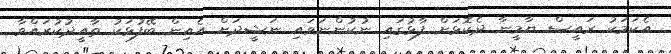
އެކަމަކު ރައީސް ޔާމީނާ ދެކޮޅަށް ފާޅުގައި ނުކުންނަވައި ނަޝީދަށް އެއިން ބޭފުޅަކު ތާއީދުކުރައްވާ